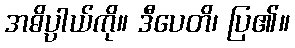
အဓိပ္ပာယ်ကို။ ဒီပေတိ၊ ပြ၏။